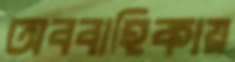
অববাহিকায়